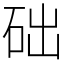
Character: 础